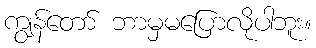
ကျွန်တော် ဘာမှမပြောလိုပါဘူး။